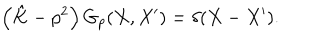
LaTeX: \left( \hat { K } - p ^ { 2 } \right) G _ { p } ( X , X ^ { \prime } ) = \delta ( X - X ^ { \prime } ) .